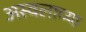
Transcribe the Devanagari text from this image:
अस्वलाच्या